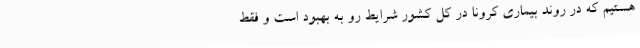
هستیم که در روند بیماری کرونا در کل کشور شرایط رو به بهبود است و فقط